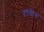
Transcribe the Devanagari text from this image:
टांडेम